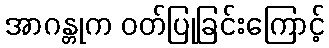
အာဂန္တုက ဝတ်ပြုခြင်းကြောင့်